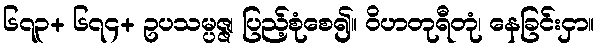
၆၇၃+ ၆၇၄+ ဥပသမ္ပဇ္ဇ၊ ပြည့်စုံစေ၍။ ဝိဟတုရီတုံ၊ နေခြင်းငှာ။